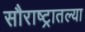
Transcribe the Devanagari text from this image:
सौराष्ट्रातल्या